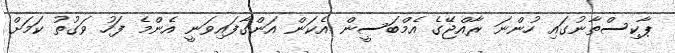
ޕާކިސްތާނުގައި ހުންނަ ރާއްޖޭގެ އެމްބަސީން އެކަން އަންގާފައިވަނީ އެންމެ ފަހު ވަގުތު ކަމަށް